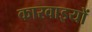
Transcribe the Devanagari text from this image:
कारवाइयों